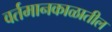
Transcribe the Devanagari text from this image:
वर्तमानकाळातील